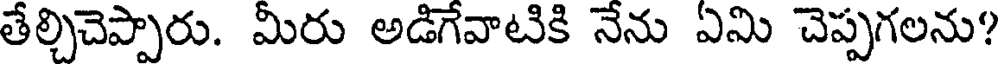
తేల్చిచెప్పారు. మీరు అడిగేవాటికి నేను ఏమి చెప్పగలను?